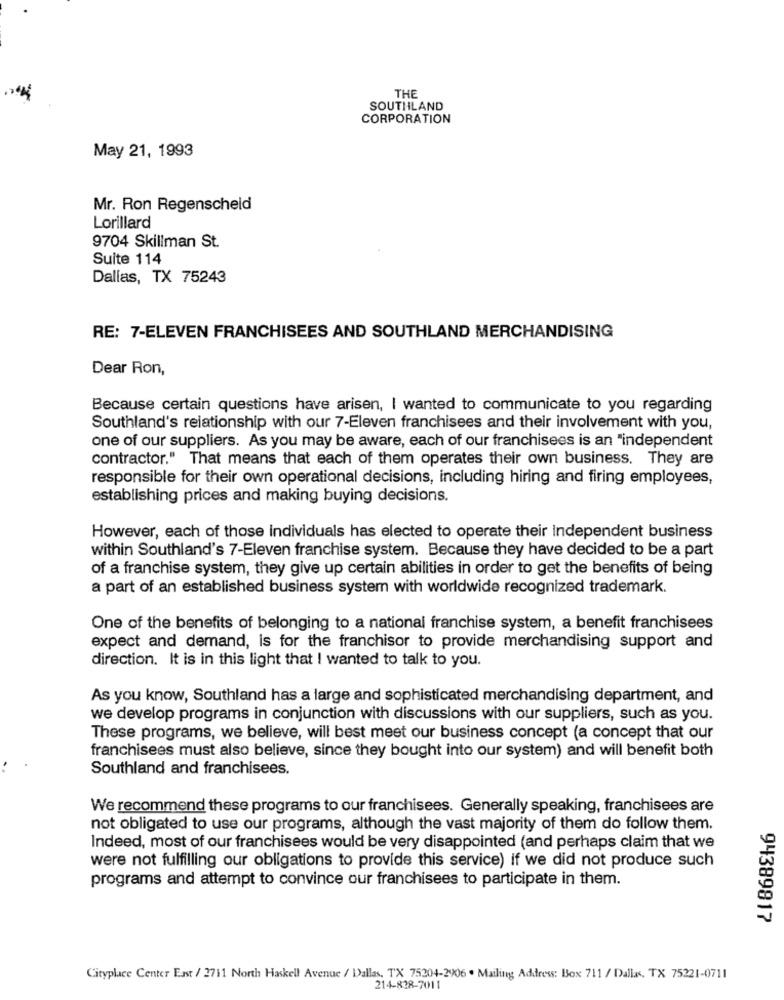
THE
SOUTHLAND
CORPORATION
May 21, 1993
Mr. Ron Regenscheid
Lorillard
9704 Skillman St.
Suite 114
Dallas, TX 75243
RE: 7-ELEVEN FRANCHISEES AND SOUTHLAND MERCHANDISING
Dear Ron,
Because certain questions have arisen, I wanted to communicate to you regarding
Southland's relationship with our 7-Eleven franchisees and their involvement with you,
one of our suppliers. As you may be aware, each of our franchisees is an "independent
contractor." That means that each of them operates their own business. They are
responsible for their own operational decisions, including hiring and firing employees,
establishing prices and making buying decisions.
However, each of those individuals has elected to operate their Independent business
within Southland's 7-Eleven franchise system. Because they have decided to be a part
of a franchise system, they give up certain abilities in order to get the benefits of being
a part of an established business system with worldwide recognized trademark.
One of the benefits of belonging to a national franchise system, a benefit franchisees
expect and demand, is for the franchisor to provide merchandising support and
direction. It is in this light that ! wanted to talk to you.
As you know, Southland has a large and sophisticated merchandising department, and
we develop programs in conjunction with discussions with our suppliers, such as you.
These programs, we believe, will best meet our business concept (a concept that our
franchisees must also believe, since they bought into our system) and will benefit both
Southland and franchisees.
We recommend these programs to our franchisees. Generally speaking, franchisees are
not obligated to use our programs, although the vast majority of them do follow them.
Indeed, most of our franchisees would be very disappointed (and perhaps claim that we
were not fulfilling our obligations to provide this service) if we did not produce such
programs and attempt to convince our franchisees to participate in them.
94389817
Cityplace Center East / 2711 North Haskell Avenue / Dallas, TX 75204-2906 . Mailing Address: Box 711 / Dallas, TX 75221-0711
214-828-7011